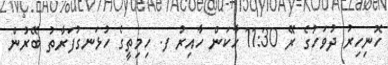
ހޮނިހިރު ދުވަހުގެ ރޭ 11:30 ހާކަން ހާއިރު ފ. ހިމިތީގެ ހުޅަނގުފަރާތު ބޭރުން